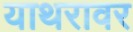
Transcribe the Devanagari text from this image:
याथरावर